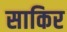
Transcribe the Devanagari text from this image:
साकिर